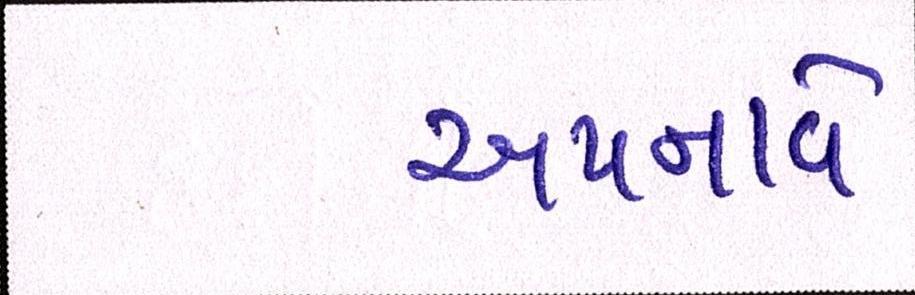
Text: અપનાવે